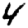
Digit: 4